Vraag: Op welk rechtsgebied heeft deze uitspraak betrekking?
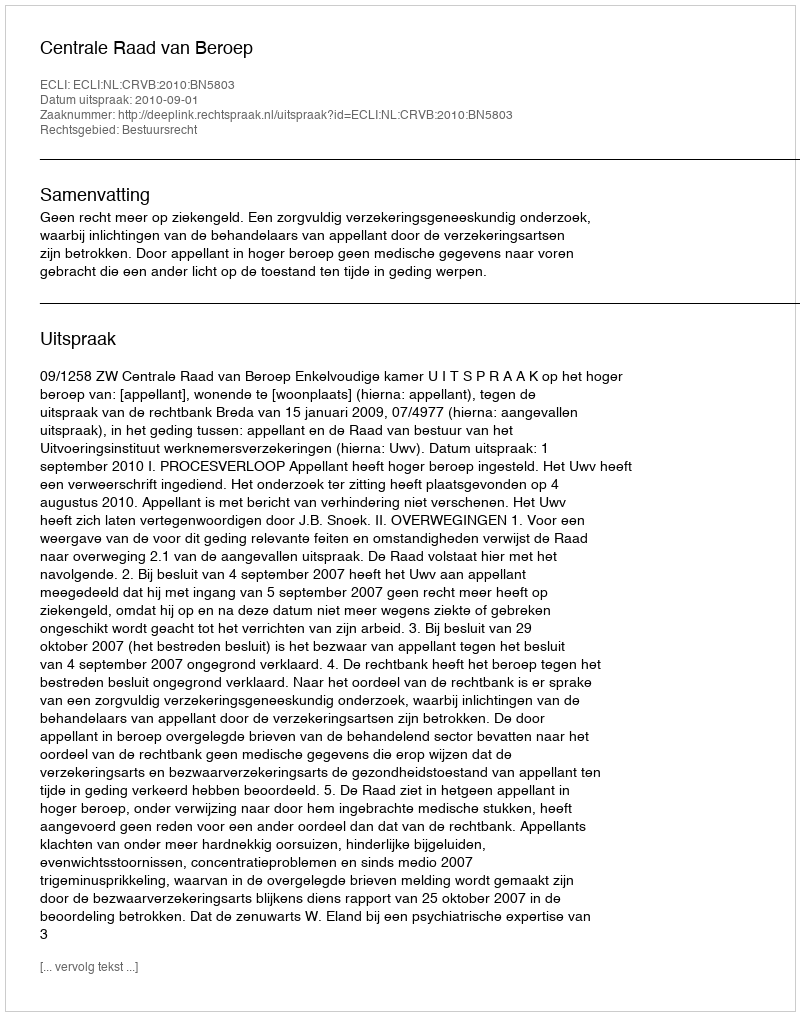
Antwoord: Bestuursrecht